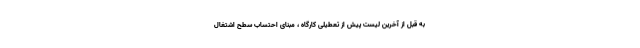
به قبل ‌از آخرین لیست پیش از تعطیلی کارگاه ، مبنای احتساب سطح اشتغال